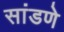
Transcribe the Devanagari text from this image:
सांडणे